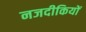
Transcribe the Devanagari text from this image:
नजदीकियों